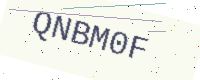
Text: QNBM0F